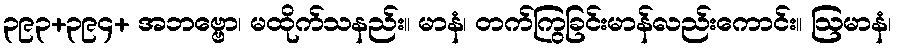
၃၉၃+၃၉၄+ အဘဗ္ဗော၊ မထိုက်သနည်း။ မာနံ၊ တက်ကြွခြင်းမာန်လည်းကောင်း။ ဩမာနံ၊